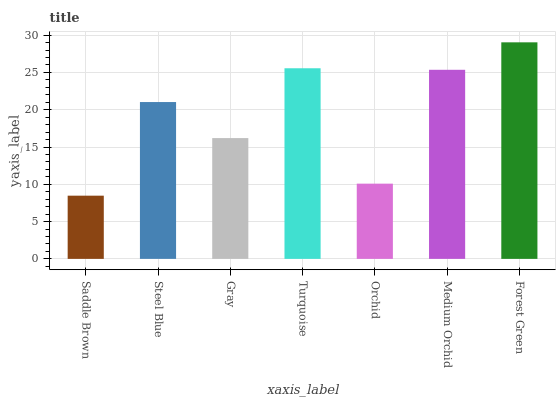
| xaxis_label | bars |
 | --- | --- |
 | Saddle Brown | 8.47 |
 | Steel Blue | 21 |
 | Gray | 16.2 |
 | Turquoise | 25.6 |
 | Orchid | 10.1 |
 | Medium Orchid | 25.4 |
 | Forest Green | 29 |